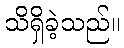
သိရှိခဲ့သည်။